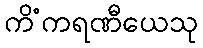
ကိံကရဏီယေသု